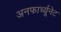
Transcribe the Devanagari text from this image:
अनफार्च्यूनेट